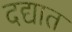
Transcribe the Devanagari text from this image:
दद्यात